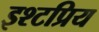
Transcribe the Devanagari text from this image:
इश्टप्रिय